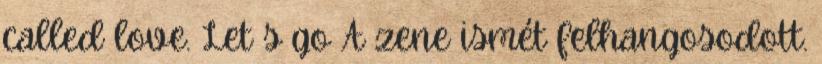
called love. Let s go A zene ismét felhangosodott.